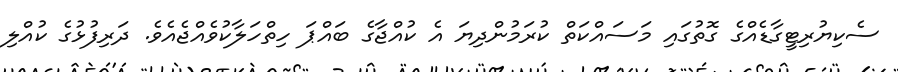
ސެކިޔުރިޓީގާޑެއްގެ ގޮތުގައި މަސައްކަތް ކުރަމުންދިޔަ އެ ކުއްޖާގެ ބައްޕަ ހިތްހަލާކުވެއްޖެއެވެ. ދަރިފުޅުގެ ކުއްލި